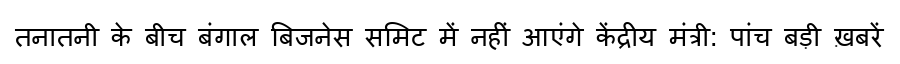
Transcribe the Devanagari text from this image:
तनातनी के बीच बंगाल बिजनेस समिट में नहीं आएंगे केंद्रीय मंत्री: पांच बड़ी ख़बरें